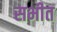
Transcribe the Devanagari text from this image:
सभीत